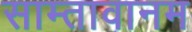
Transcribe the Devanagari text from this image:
साम्तावानम